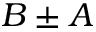
B \pm A